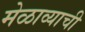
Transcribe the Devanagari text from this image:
मेळाव्याची